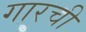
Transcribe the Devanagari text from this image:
गारची